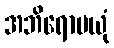
အဘိရောပယုံ